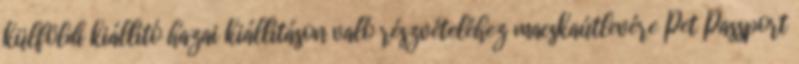
külföldi kiállító hazai kiállításon való részvételéhez macskaútlevére Pet Passport